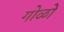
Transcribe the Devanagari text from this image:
गोळो